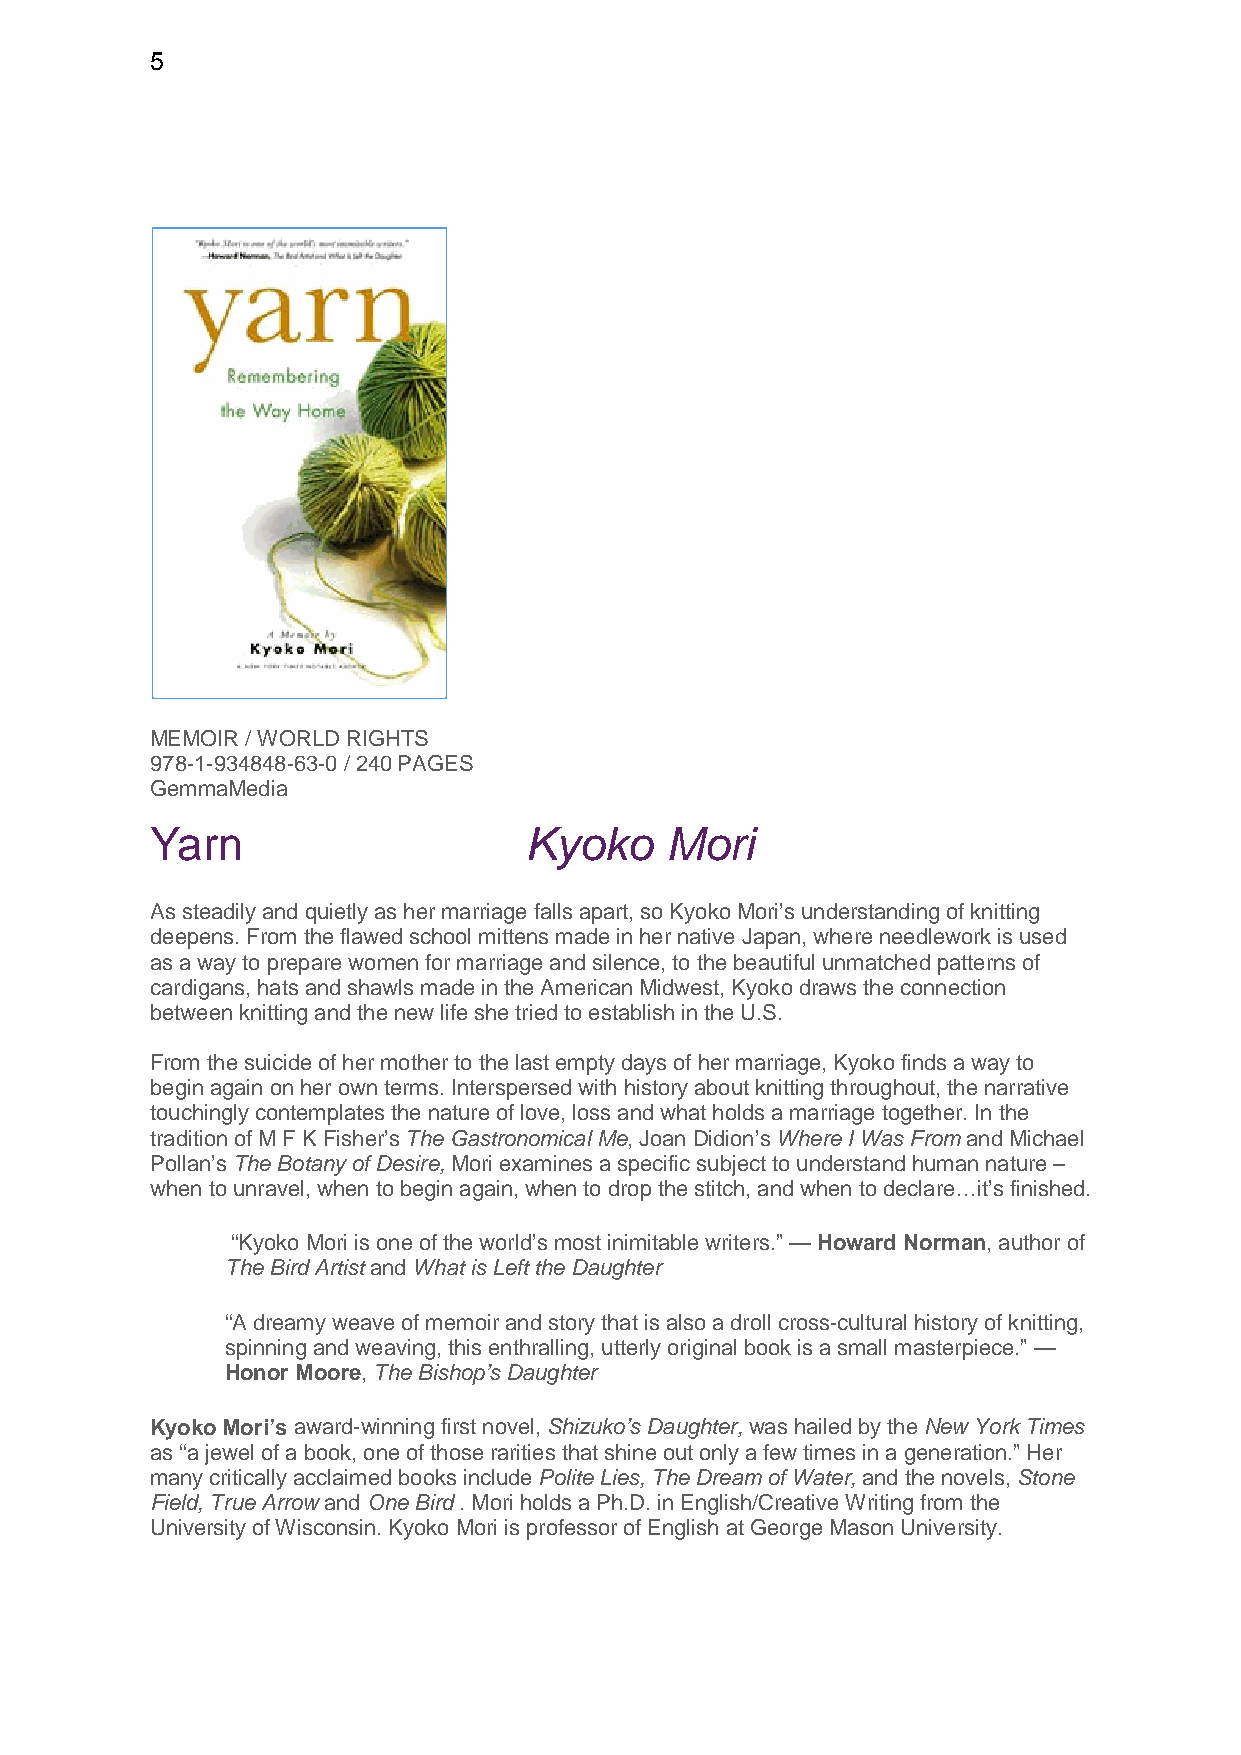
5
 MEMOIR / WORLD RIGHTS
 978-1-934848-63-0 / 240 PAGES
 GemmaMedia
 Yarn                     Kyoko    Mori
 As steadily and quietly as her marriage falls apart, so Kyoko Mori’s understanding of knitting
 deepens. From the flawed school mittens made in her native Japan, where needlework is used
 as a way to prepare women for marriage and silence, to the beautiful unmatched patterns of
 cardigans, hats and shawls made in the American Midwest, Kyoko draws the connection
 between knitting and the new life she tried to establish in the U.S.
 From the suicide of her mother to the last empty days of her marriage, Kyoko finds a way to
 begin again on her own terms. Interspersed with history about knitting throughout, the narrative
 touchingly contemplates the nature of love, loss and what holds a marriage together. In the
 tradition of M F K Fisher’s The Gastronomical Me, Joan Didion’s Where I Was From and Michael
 Pollan’s The Botany of Desire, Mori examines a specific subject to understand human nature –
 when to unravel, when to begin again, when to drop the stitch, and when to declare…it’s finished.
 “Kyoko Mori is one of the world’s most inimitable writers.” — Howard Norman, author of
 The Bird Artist and What is Left the Daughter
 “A dreamy weave of memoir and story that is also a droll cross-cultural history of knitting,
 spinning and weaving, this enthralling, utterly original book is a small masterpiece.” —
 Honor Moore, The Bishop’s Daughter
 Kyoko Mori’s award-winning first novel, Shizuko’s Daughter, was hailed by the New York Times
 as “a jewel of a book, one of those rarities that shine out only a few times in a generation.” Her
 many critically acclaimed books include Polite Lies, The Dream of Water, and the novels, Stone
 Field, True Arrow and One Bird . Mori holds a Ph.D. in English/Creative Writing from the
 University of Wisconsin. Kyoko Mori is professor of English at George Mason University.